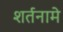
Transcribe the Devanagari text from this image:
शर्तनामे